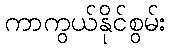
ကာကွယ်နိုင်စွမ်း